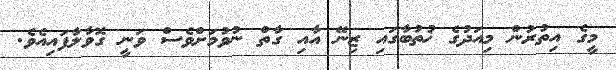
މީގެ އިތުރުން މިއަދުގެ ޚުތުބާގައި ޒިނޭ އާއި ގާތް ނުވުމަށްވެސް ވަނީ ގޮވާލާފައިއެވެ.